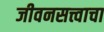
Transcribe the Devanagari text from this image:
जीवनसत्त्वाचा